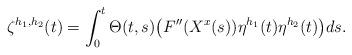
LaTeX: \begin{align*}\zeta^{h_1,h_2}(t)=\int_0^t \Theta(t,s)\bigl(F''(X^x(s))\eta^{h_1}(t)\eta^{h_2}(t)\bigr)ds.\end{align*}